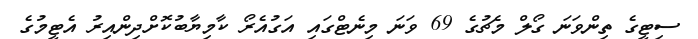
ސިޓީގެ ތިންވަނަ ގޯލް މެޗުގެ 69 ވަނަ މިނެޓްގައި އަގުއެރޯ ކާމިޔާބުކޮށްދިންއިރު އެޓީމުގެ